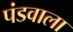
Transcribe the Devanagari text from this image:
पंडवाला